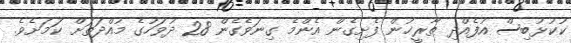
ކުކުޅުބިސް އުފެއްދި ތާރީޚުން ފެށިގެން އެންމެ ގިނަވެގެން 28 ދުވަހުގެ މުއްދަތަށް ކަމަށެވެ.